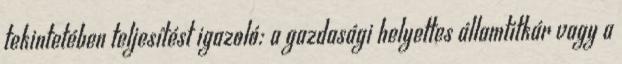
tekintetében teljesítést igazoló: a gazdasági helyettes államtitkár vagy a